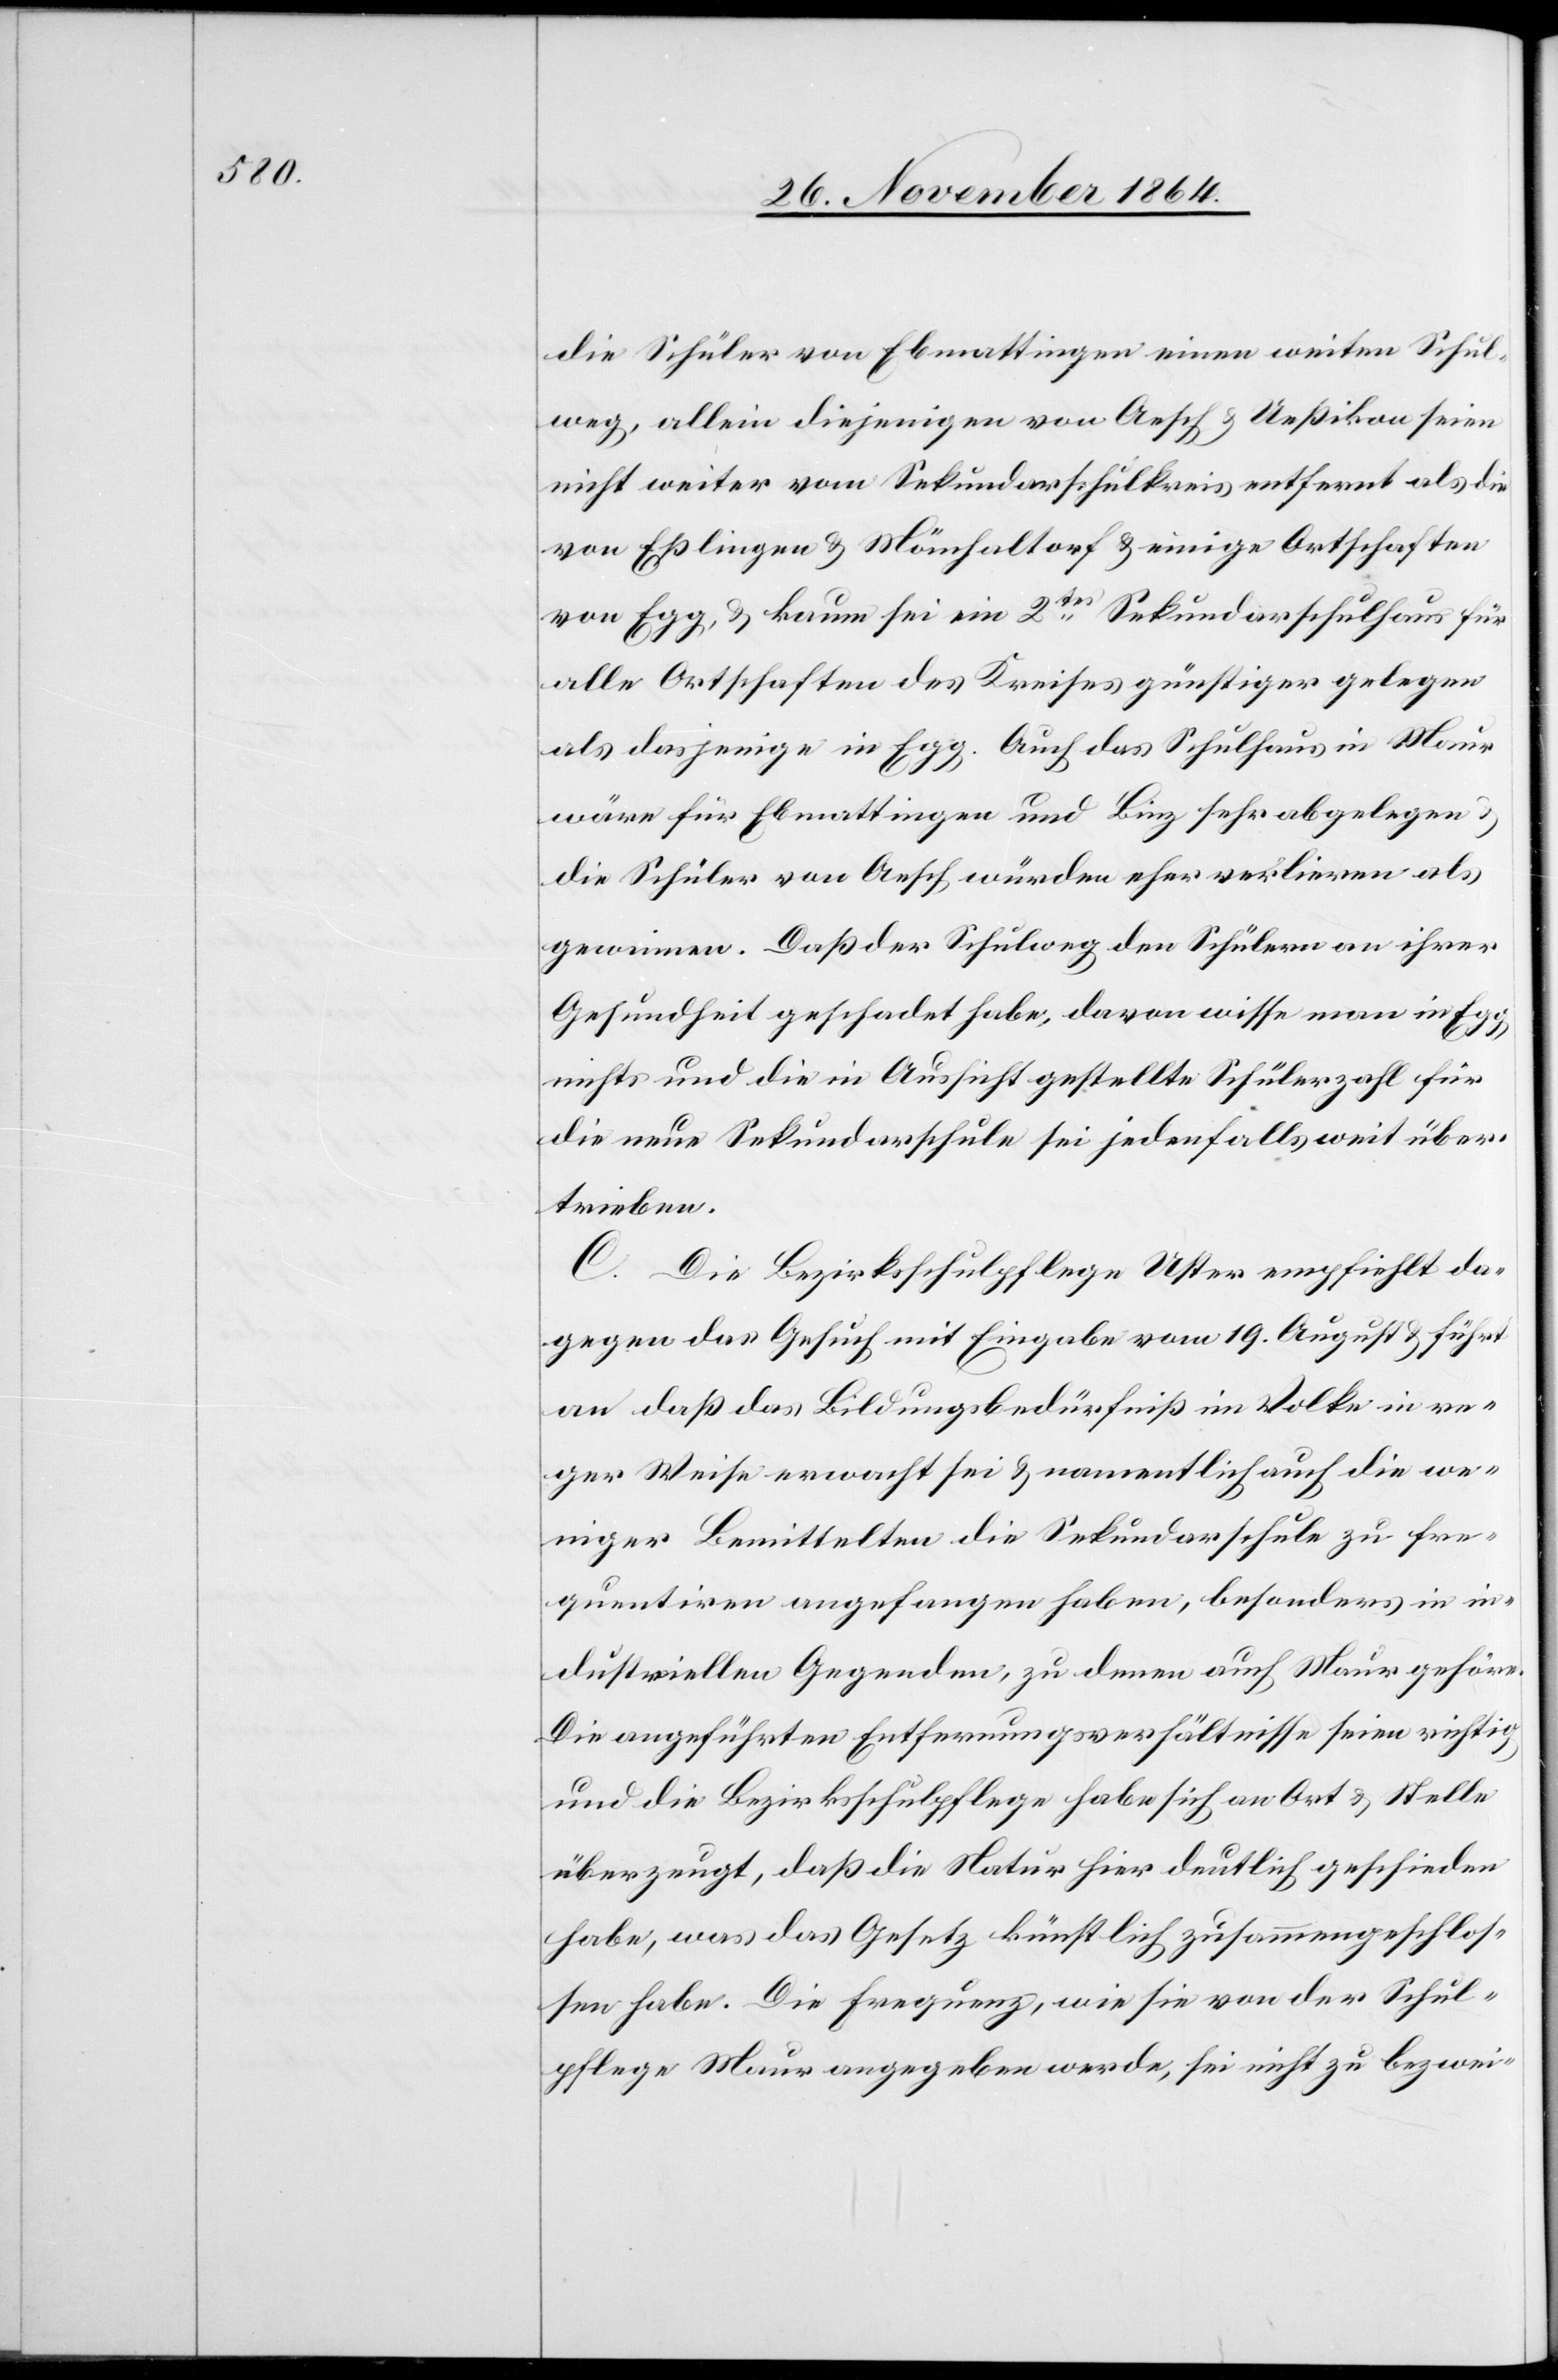
die Schüler von Ebmattingen einen weiten Schul¬
weg, allein diejenigen von Aesch & Ueßikon seien
nicht weiter vom Sekundarschulkreis entfernt als die
von Eßlingen & Mönchaltorf & einige Ortschaften
von Egg, & kaum sei eine 2tes Sekundarschulhaus für
alle Ortschaften des Kreises günstiger gelegen
als dasjenige in Egg. Auch das Schulhaus in Maur
wäre für Ebmattingen und Binz sehr abgelegen
die Schüler von Aesch würden eher verlieren als
gewinnen. Daß der Schulweg den Schülern an ihrer
Gesundheit geschadet habe, davon wisse man in Egg
nichts und die in Aussicht gestellte Schülerzahl für
die neue Sekundarschule sei jedenfalls weit über¬
trieben.
C.
Die Bezirksschulpflege Uster empfiehlt da¬
gegen das Gesuch mit Eingabe vom 19. August & führt
an[,] daß das Bildungsbedürfniß im Volke in re¬
ger Weise erwacht sei & namentlich auch die we¬
niger Bemittelten die Sekundarschule zu fre¬
quentiren angefangen haben, besonders in in¬
dustriellen Gegenden, zu denen auch Maur gehöre.
die angeführten Entfernungsverhältnisse seien richtig
und die Bezirksschulpflege habe sich an Ort & Stelle
überzeugt, daß die Natur hier deutlich geschieden
habe, was das Gesetz künstlich zusammengeschlos¬
sen habe. Die Frequenz, wie sie von der Schul¬
pflege Maur angegeben werde, sei nicht zu bezwei-